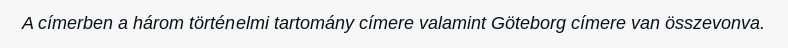
A címerben a három történelmi tartomány címere valamint Göteborg címere van összevonva.